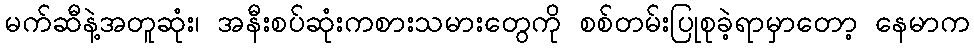
မက်ဆီနဲ့အတူဆုံး၊ အနီးစပ်ဆုံးကစားသမားတွေကို စစ်တမ်းပြုစုခဲ့ရာမှာတော့ နေမာက